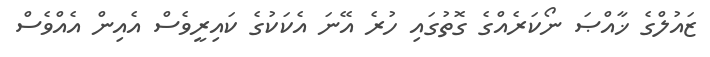
ޒައުލްގެ ޚާއްޞަ ނޯކަރެއްގެ ގޮތުގައި ހުރެ އޭނަ އެކަކުގެ ކައިރީވެސް އެއިން އެއްވެސް